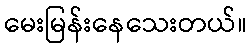
မေးမြန်းနေသေးတယ်။